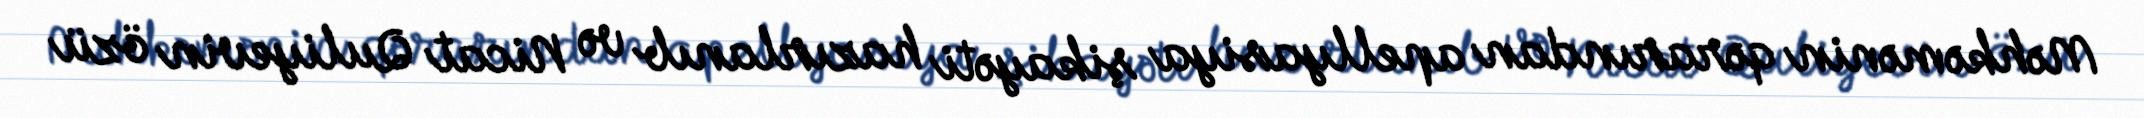
Məhkəmənin qərarından apellyasiya şikayəti hazırlanıb və Nicat Quliyevin özü